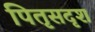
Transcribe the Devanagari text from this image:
पितृसदृश